Statistics compiled by the Government of India from the reports of provincial Civil Veterinary Departments
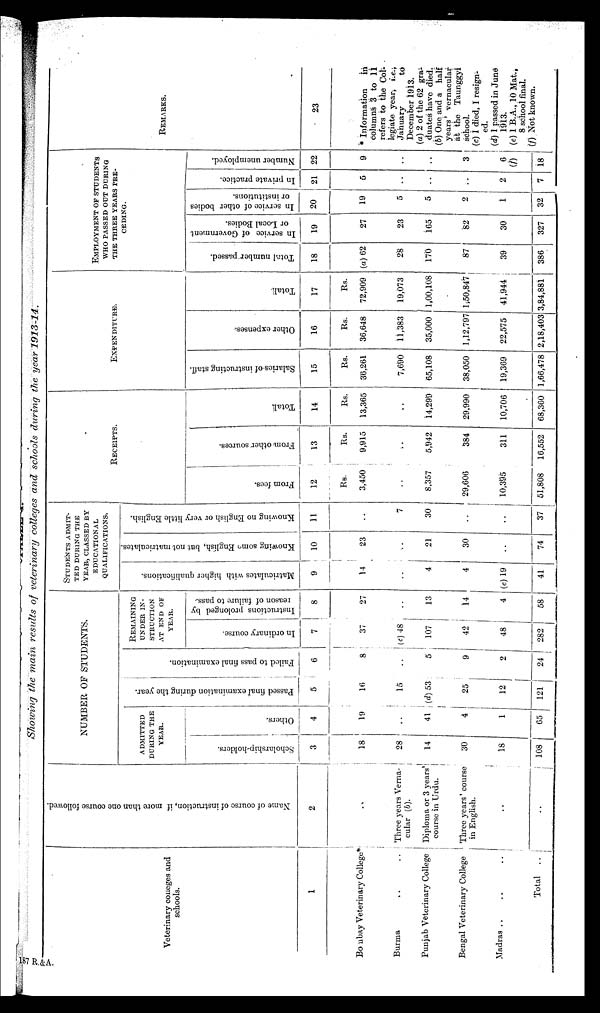
TABLE I.
Showing the main results of veterinary colleges and schools during the year 1913-14.
Veterinary colleges and
schools.
1
Bombay Veterinary College*
Burma .. ..
Punjab Veterinary College
Bengal Veterinary College
Madras ..
..
..
Total
..
Name of course of instruction, if more than one course followed
2
..
Three years Verna-
cular (b).
Diploma or 3 years
course in Urdu.
Three years' course
in English.
..
..
NUMBER OF STUDENTS.
ADMITTED
DURING THE
YEAR.
Scholarship-holders.
3
18
28
14
30
18
108
Others.
4
19
..
41
4
1
65
Passed final examination during the year.
5
16
15
(d) 53
25
12
121
Failed to pass final examination.
6
8
..
5
9
2
24
REMAINING
UNDER IN-
STRUCTION
AT END OF
YEAR.
In ordinary course.
7
37
(c) 48
107
42
48
282
Instructions prolonged by
reason of failure to pass.
8
27
..
13
14
4
58
STUDENTS ADMIT
¬TED DURING THE
YEAR, CLASSED BY
EDUCATIONAL
QUALIFICATIONS.
Matriculates with higher qualifications.
9
14
..
4
4
(e) 19
41
Knowing some English, but not matriculates.
10
23
..
21
30
..
74
Knowing no English or very little English.
11
..
7
30
..
..
37
RECEIPTS.
From fees.
12
Rs.
3,450
..
8,357
29,606
10,395
51,808
From
other sources.
13
Rs.
9,915
..
5,942
384
311
16,552
Total.
14
Rs.
13,365
..
14,299
29,990
10,706
68,360
EXPENDITURE.
Salaries of instructing staff.
15
Rs.
36,261
7,690
65,108
38,050
19,369
1,66,478
Other expenses.
16
Rs.
36,648
11,383
35,000
1,12,797
22,575
2,18,403
Totall
17
Rs.
72,909
19,073
1,00,108
1,50,847
41,944
3,84,881
EMPLOYMENT OF STUDENTS
WHO PASSED OUT DURING
THE THREE YEARS PRE¬
CEDING.
Total number passed.
18
(a) 62
28
170
87
39
386
In service of Government
or Local Bodies.
19
27
23
165
82
30
327
In service of other bodies
or institutions.
20
19
5
5
2
1
32
In private practice.
21
5
..
..
..
2
7
Number unemployed.
22
9
..
..
3
6
(f)
18
REMARKS.
23
* Information
in
columns 3 to 11
refers to the Col-
legiate year, i.e.,
January
to
December 1913.
(a) 2 of the 62 gra-
duates have died.
(b) One and a half
years' vernacular
at the Taunggyi
school.
(c) 1 died, 1 resign-
ed
(d) 1 passed in June
1913.
(e) 1 B.A., 10 Mat.,
8 school final.
(f) Not known.
187 R.&A.